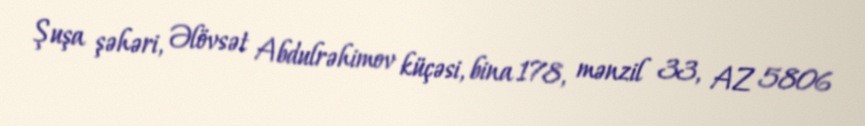
Şuşa şəhəri, Əlövsət Abdulrəhimov küçəsi, bina 178, mənzil 33, AZ 5806